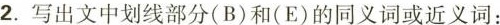
2.写出文中划线部分(B)和(E)的同义词或近义词: